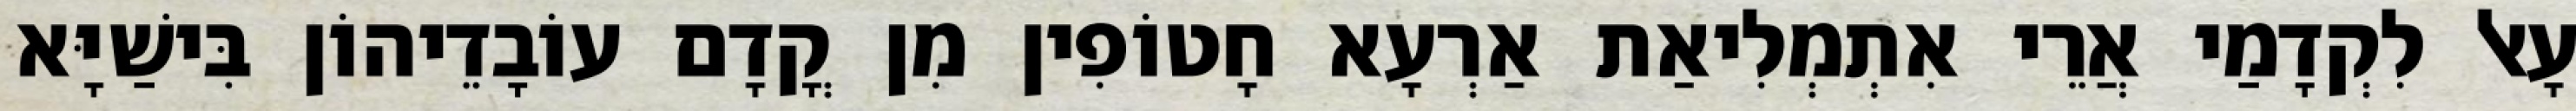
עָאל לִקְדָמַי אֲרֵי אִתְמְלִיאַת אַרְעָא חָטוֹפִין מִן קֳדָם עוֹבָדֵיהוֹן בִּישַׁיָּא